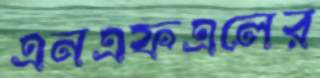
এনএফএলের